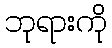
ဘုရားကို